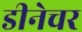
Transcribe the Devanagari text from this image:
डीनेचर